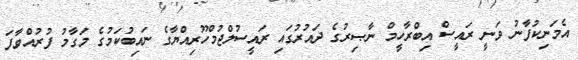
އެމަނިކުފާނު ވަނީ ރައީސް އިބްރާހީމް ނާޞިރުގެ ދައުރުގައި ރައީސުލްޖުމްހޫރިއްޔާގެ ނައިބުކަމުގެ މަގާމު ފުރުއްވާފަ